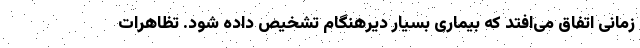
زمانی اتفاق می‌افتد که بیماری بسیار دیرهنگام تشخیص داده شود. تظاهرات